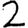
Digit: 2